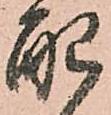
配